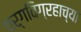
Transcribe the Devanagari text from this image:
वर्गविग्रहाच्या